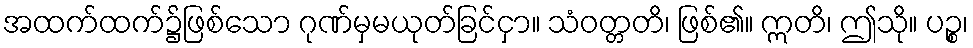
အထက်ထက်၌ဖြစ်သော ဂုဏ်မှမယုတ်ခြင်ငှာ။ သံဝတ္တတိ၊ ဖြစ်၏။ ဣတိ၊ ဤသို။ ပဉ္စ၊